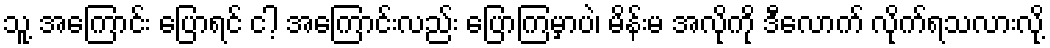
သူ့ အကြောင်း ပြောရင် ငါ့ အကြောင်းလည်း ပြောကြမှာပဲ၊ မိန်းမ အလိုကို ဒီလောက် လိုက်ရသလားလို့